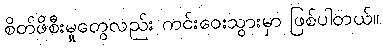
စိတ်ဖိစီးမှုတွေလည်း ကင်းဝေးသွားမှာ ဖြစ်ပါတယ်။